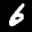
Label: 6